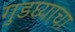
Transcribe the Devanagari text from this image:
गुडघ्याचा